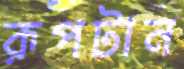
রূপটান